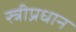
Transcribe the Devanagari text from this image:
स्त्रीप्रधान